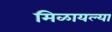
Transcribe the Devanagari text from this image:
मिळायल्या